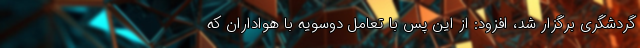
گردشگری برگزار شد، افزود: از این پس با تعامل دوسویه با هواداران که